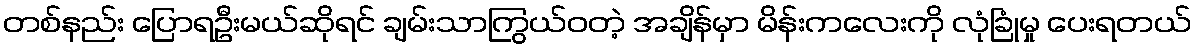
တစ်နည်း ပြောရဦးမယ်ဆိုရင် ချမ်းသာကြွယ်ဝတဲ့ အချိန်မှာ မိန်းကလေးကို လုံခြုံမှု ပေးရတယ်